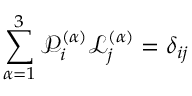
\sum _ { \alpha = 1 } ^ { 3 } \mathcal { P } _ { i } ^ { ( \alpha ) } \mathcal { L } _ { j } ^ { ( \alpha ) } = \delta _ { i j }